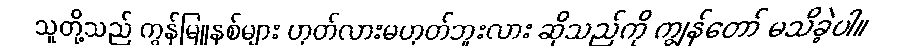
သူတို့သည် ကွန်မြူနစ်များ ဟုတ်လားမဟုတ်ဘူးလား ဆိုသည်ကို ကျွန်တော် မသိခဲ့ပါ။